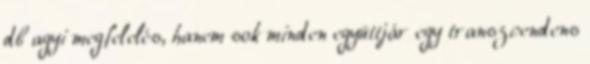
db agyi megfelelés, hanem sok minden együttjár egy transzcendens